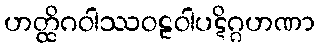
ဟတ္ထိဂဝါဿဝဠဝါပဋိဂ္ဂဟဏာ